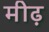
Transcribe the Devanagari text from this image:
मीढ़